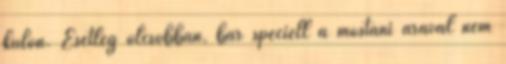
külön. Esetleg olcsóbban, bár speciell a mostani árával nem